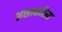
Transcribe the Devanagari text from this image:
अशाकरिता